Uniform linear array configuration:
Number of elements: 24
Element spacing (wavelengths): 0.25
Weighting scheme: hamming
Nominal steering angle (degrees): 45
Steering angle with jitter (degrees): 44.26
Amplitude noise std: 0.05
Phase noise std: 0.05

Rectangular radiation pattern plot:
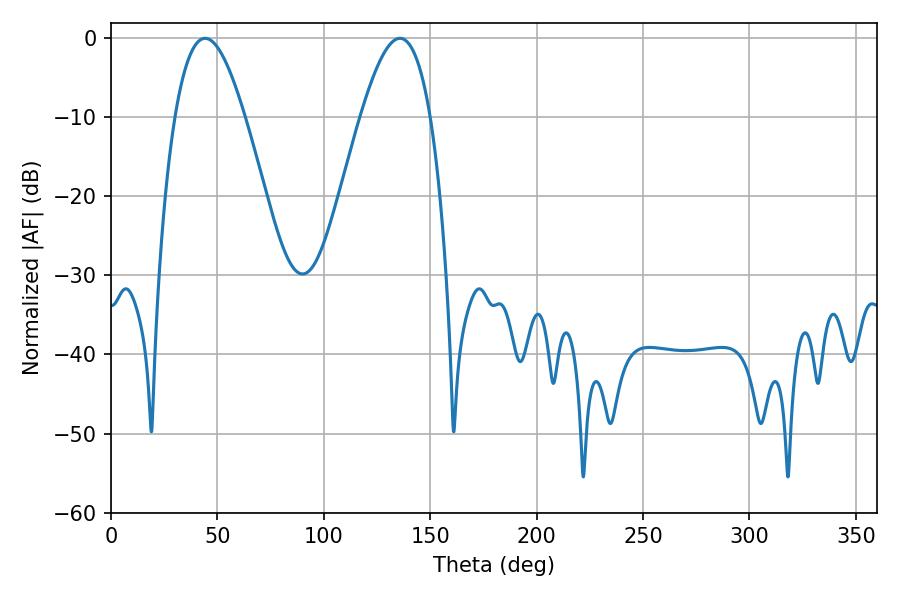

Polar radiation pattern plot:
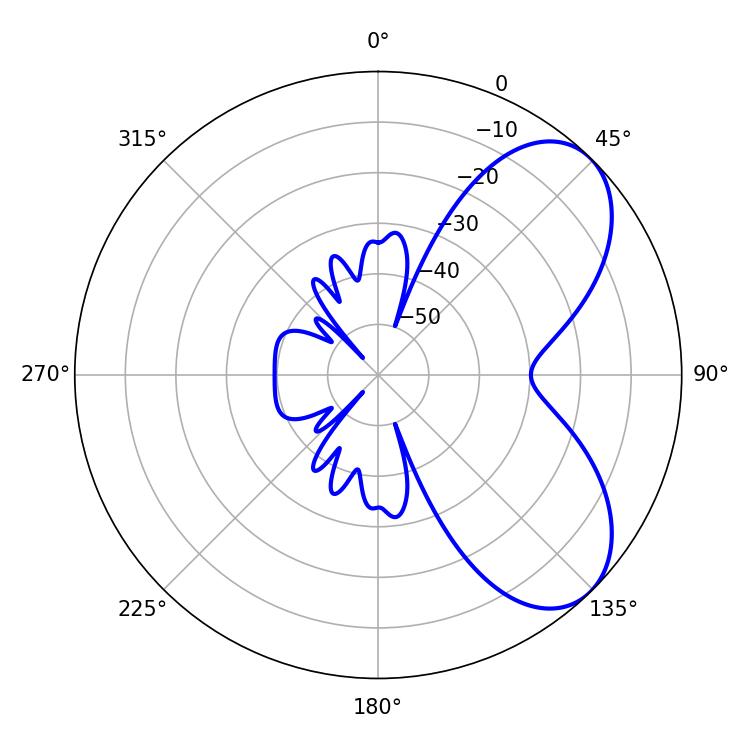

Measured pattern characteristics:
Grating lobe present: FALSE
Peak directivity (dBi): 6.214
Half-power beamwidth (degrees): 17.82
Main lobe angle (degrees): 44.28